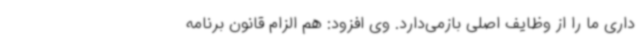
داری ما را از وظایف اصلی بازمی‌دارد. وی افزود: هم الزام قانون برنامه